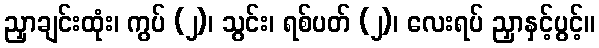
ညှာချင်းထုံး၊ ကွပ် (၂)၊ သွင်း၊ ရစ်ပတ် (၂)၊ လေးရပ် ညှာနှင့်ပွင့်။